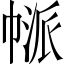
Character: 𢄃